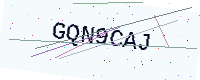
Text: GQN9CAJ